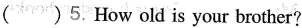
（ ）5.How old is your brother?